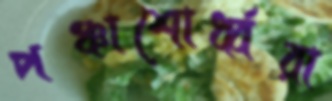
পঞ্চাশোর্ধ্বরা